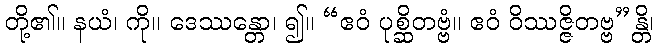
တို့၏။ နယံ၊ ကို။ ဒေဿန္တော၊ ၍။ “ဧဝံ ပုစ္ဆိတဗ္ဗံ။ ဧဝံ ဝိဿဇ္ဇိတဗ္ဗ”န္တိ၊